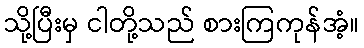
သို့ပြီးမှ ငါတို့သည် စားကြကုန်အံ့။